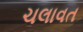
ચલાવત